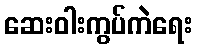
ဆေးဝါးကွပ်ကဲရေး